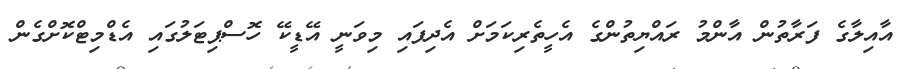
އާއިލާގެ ފަރާތުން އާންމު ރައްޔިތުންގެ އެހީތެރިކަމަށް އެދިފައި މިވަނީ އޭޑީކޭ ހޮސްޕިޓަލުގައި އެޑްމިޓްކޮށްގެން